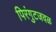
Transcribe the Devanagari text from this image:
पिरंगुटजवळ